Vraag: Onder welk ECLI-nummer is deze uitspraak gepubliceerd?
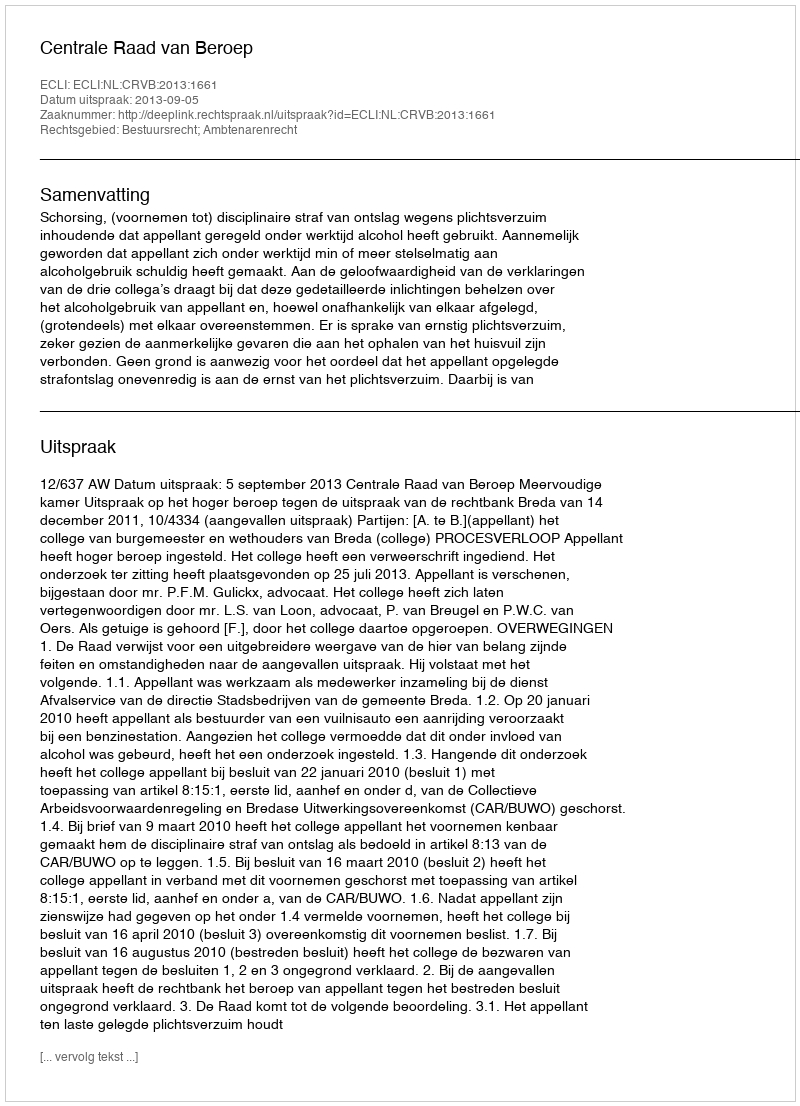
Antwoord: ECLI:NL:CRVB:2013:1661